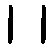
၊ ၊